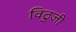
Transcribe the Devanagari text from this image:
विठुजी